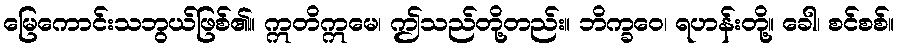
မြေကောင်းသဘွယ်ဖြစ်၏။ ဣတိဣမေ၊ ဤသည်တို့တည်း။ ဘိက္ခဝေ၊ ရဟန်းတို့။ ခေါ၊ စင်စစ်။